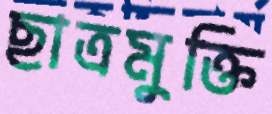
ছাত্রমুক্তি